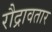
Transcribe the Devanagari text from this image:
रौद्रावतार